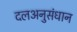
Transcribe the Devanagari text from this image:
दलअनुसंधान